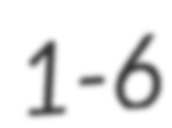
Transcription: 1-6